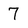
Character: 7